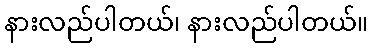
နားလည်ပါတယ်၊ နားလည်ပါတယ်။